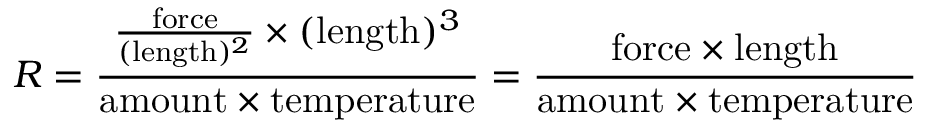
R = { \frac { { \frac { \mathrm { f o r c e } } { ( \mathrm { l e n g t h } ) ^ { 2 } } } \times ( \mathrm { l e n g t h } ) ^ { 3 } } { \mathrm { a m o u n t } \times \mathrm { t e m p e r a t u r e } } } = { \frac { \mathrm { f o r c e } \times \mathrm { l e n g t h } } { \mathrm { a m o u n t } \times \mathrm { t e m p e r a t u r e } } }